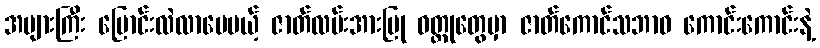
အများကြီး ပြောင်းလဲလာပေမယ့် ဇာတ်လမ်းအားပြု ဝတ္ထုတွေမှာ ဇာတ်ကောင်သဘာဝ ကောင်းကောင်းနဲ့